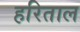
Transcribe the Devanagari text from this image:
हरिताल